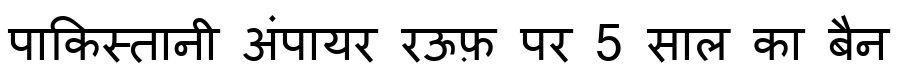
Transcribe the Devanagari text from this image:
पाकिस्तानी अंपायर रऊफ़ पर 5 साल का बैन